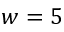
w = 5